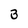
Character: 3